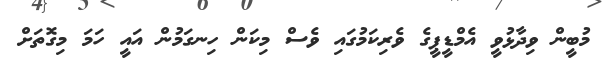
މުބީން ވިދާޅުވީ އެމްޑީޕީގެ ވެރިކަމުގައި ވެސް މިކަން ހިނގަމުން އައީ ހަމަ މިގޮތަށް